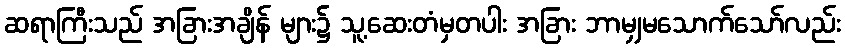
ဆရာကြီးသည် အခြားအချိန် များ၌ သူ့ဆေးတံမှတပါး အခြား ဘာမျှမသောက်သော်လည်း